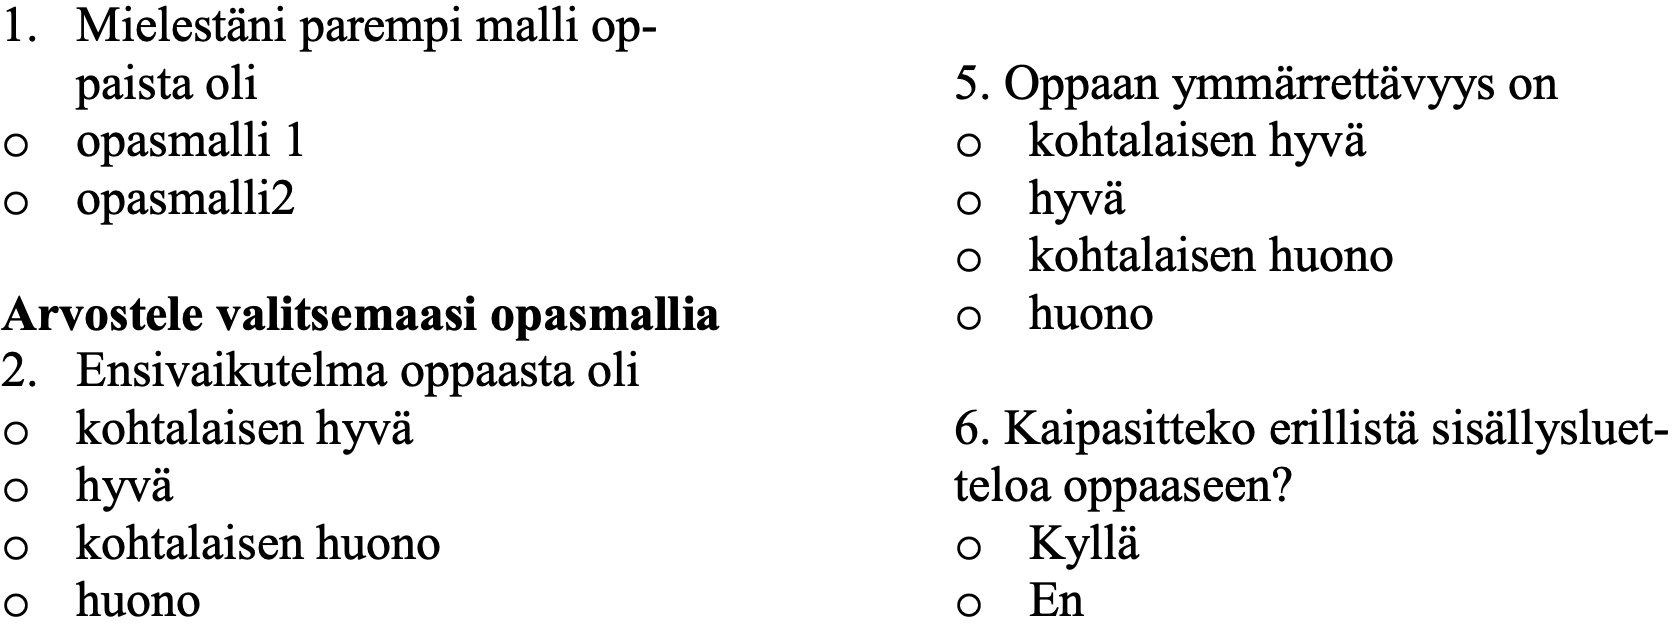
1. Mielestäni parempi malli op- paista oli                   5. Oppaan ymmärrettävyys on o opasmalli 1                  o  kohtalaisen hyvä o opasmalli2                   o  hyvä o  kohtalaisen huono Arvostele valitsemaasi opasmallia o huono 2. Ensivaikutelma oppaasta oli o kohtalaisen hyvä             6. Kaipasitteko erillistä sisällysluet- o hyvä                         teloa oppaaseen? o kohtalaisen huono            o  Kyllä o huono                        o  En